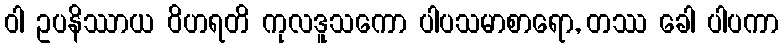
ဝါ ဥပနိဿာယ ဝိဟရတိ ကုလဒူသကော ပါပသမာစာရော, တဿ ခေါ ပါပကာ